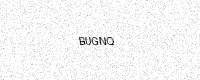
Text: BUGNQ